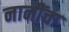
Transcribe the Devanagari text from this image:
नानींचा